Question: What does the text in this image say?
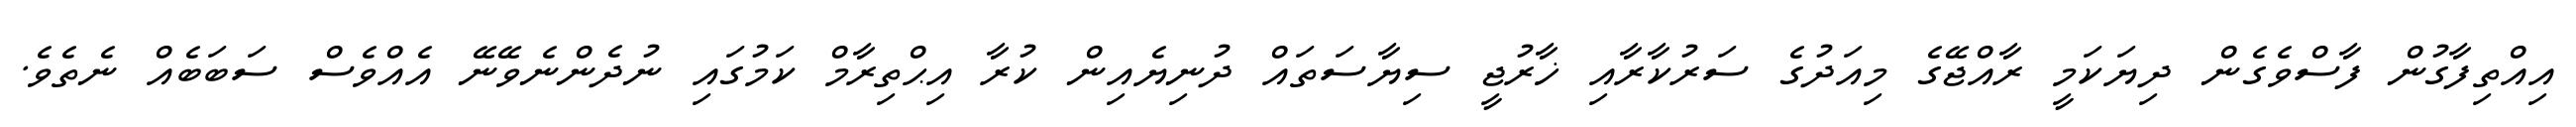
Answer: އިއްތިފާގުން ފާސްވެގެން ދިޔަކަމީ ރާއްޖޭގެ މިއަދުގެ ސަރުކާރާއި ޚާރުޖީ ސިޔާސަތައް ދުނިޔެއިން ކުރާ އިޙްތިރާމް ކަމުގައި ނުދެންނެވޭނޭ އެއްވެސް ސަބަބެއް ނެތެވެ.